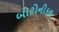
બોટોનીકલ